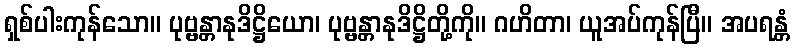
ရှစ်ပါးကုန်သော။ ပုဗ္ဗန္တာနုဒိဋ္ဌိယော၊ ပုဗ္ဗန္တာနုဒိဋ္ဌိတို့ကို။ ဂဟိတာ၊ ယူအပ်ကုန်ပြီ။ အပရန္တံ